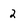
Character: 2